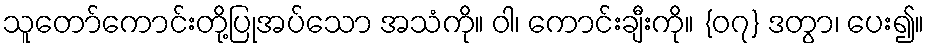
သူတော်ကောင်းတို့ပြုအပ်သော အသံကို။ ဝါ၊ ကောင်းချီးကို။ {၀၇} ဒတွာ၊ ပေး၍။